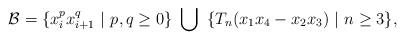
LaTeX: \begin{align*}{\cal B}=\{x_i^px_{i+1}^q ~|~ p,q\ge 0\} ~\bigcup ~\{T_n(x_1x_4-x_2x_3) ~|~ n\ge 3\},\end{align*}